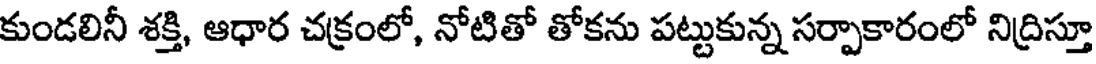
కుండలినీ శక్తి, ఆధార చక్రంలో, నోటితో తోకను పట్టుకున్న సర్పాకారంలో నిద్రిస్తూ